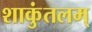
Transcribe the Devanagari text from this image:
शाकुंतलम्‌